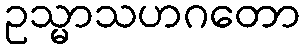
ဥသ္မာသဟဂတော